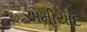
અમીયાદ